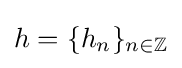
h=\{h_{n}\}_{n\in \mathbb {Z} }